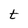
Character: t